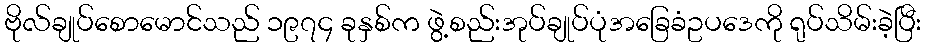
ဗိုလ်ချုပ်စောမောင်သည် ၁၉၇၄ ခုနှစ်က ဖွဲ့စည်းအုပ်ချုပ်ပုံအခြေခံဥပဒေကို ရုပ်သိမ်းခဲ့ပြီး